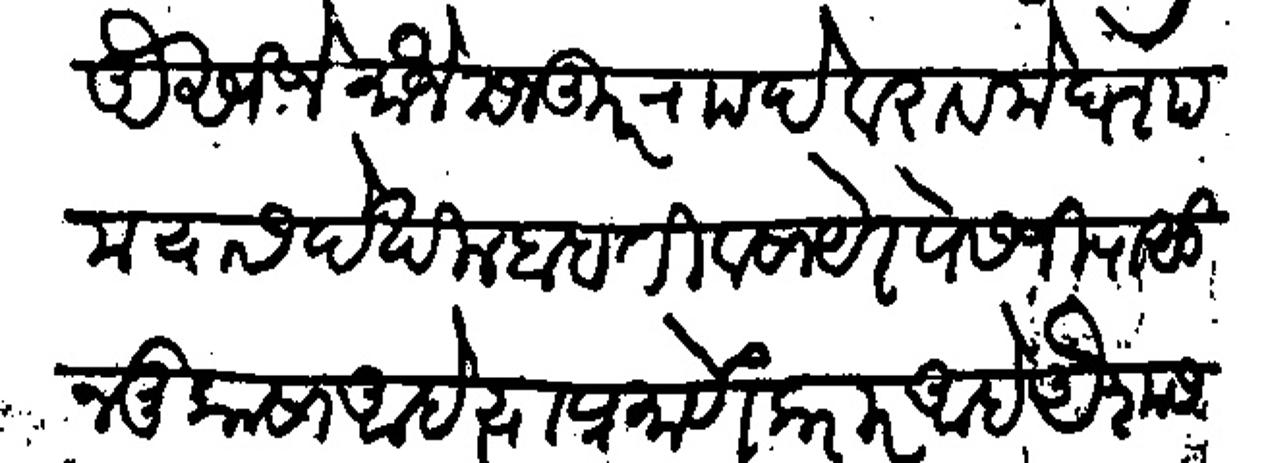
Transliteration (Devanagari): असीजे मौजे मजकूर रा देवराव मेघशाम यास देखील बाबती व सायेर पेसजी पासून मुकासा आहे त्याप्रमाणे करार आहे अैशास